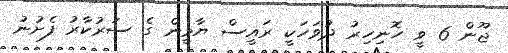
ޖޫން 6 ވީ ހޮނިހިރު ދުވަހަކީ ރައީސް ޔާމީން ގެ ސަރުކާރު ފެށުނު